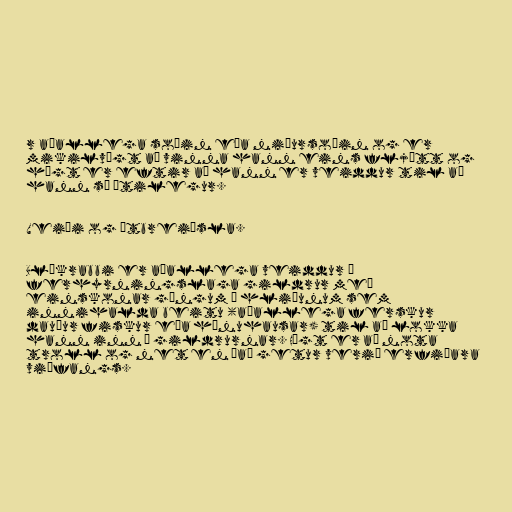
r aðallega soðin eða niðursoðin og er
mikilvægt að vinna hann eins fljótt og
hægt er eftir að hann er veiddur til að
hann sé ætilegur.

Veiði og útbreiðsla.

Blákrabbi er aðallega veiddur í
ferhyrningslaga gildrur með
einskonar göngum á hliðunum sem
innihalda beitu (aðallega ferskur
dauður fiskur eða hænuhausar) til að lokka
hann inn í gildrurnar. Hægt er að nota
troll og net en það getur verið erfiðara
viðfangs.